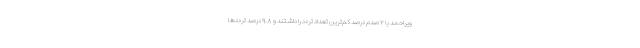
ویراحمد با ۲ صدم درصد کم‌ترین تعداد تردد را داشتند و ۹.۸ درصد ترددها